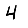
Digit: 4